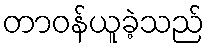
တာဝန်ယူခဲ့သည်